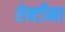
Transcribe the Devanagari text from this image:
ऐन्टीना